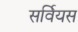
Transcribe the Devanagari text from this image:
सर्वियस